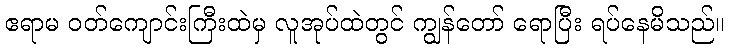
ဧရာမ ဝတ်ကျောင်းကြီးထဲမှ လူအုပ်ထဲတွင် ကျွန်တော် ရောပြီး ရပ်နေမိသည်။